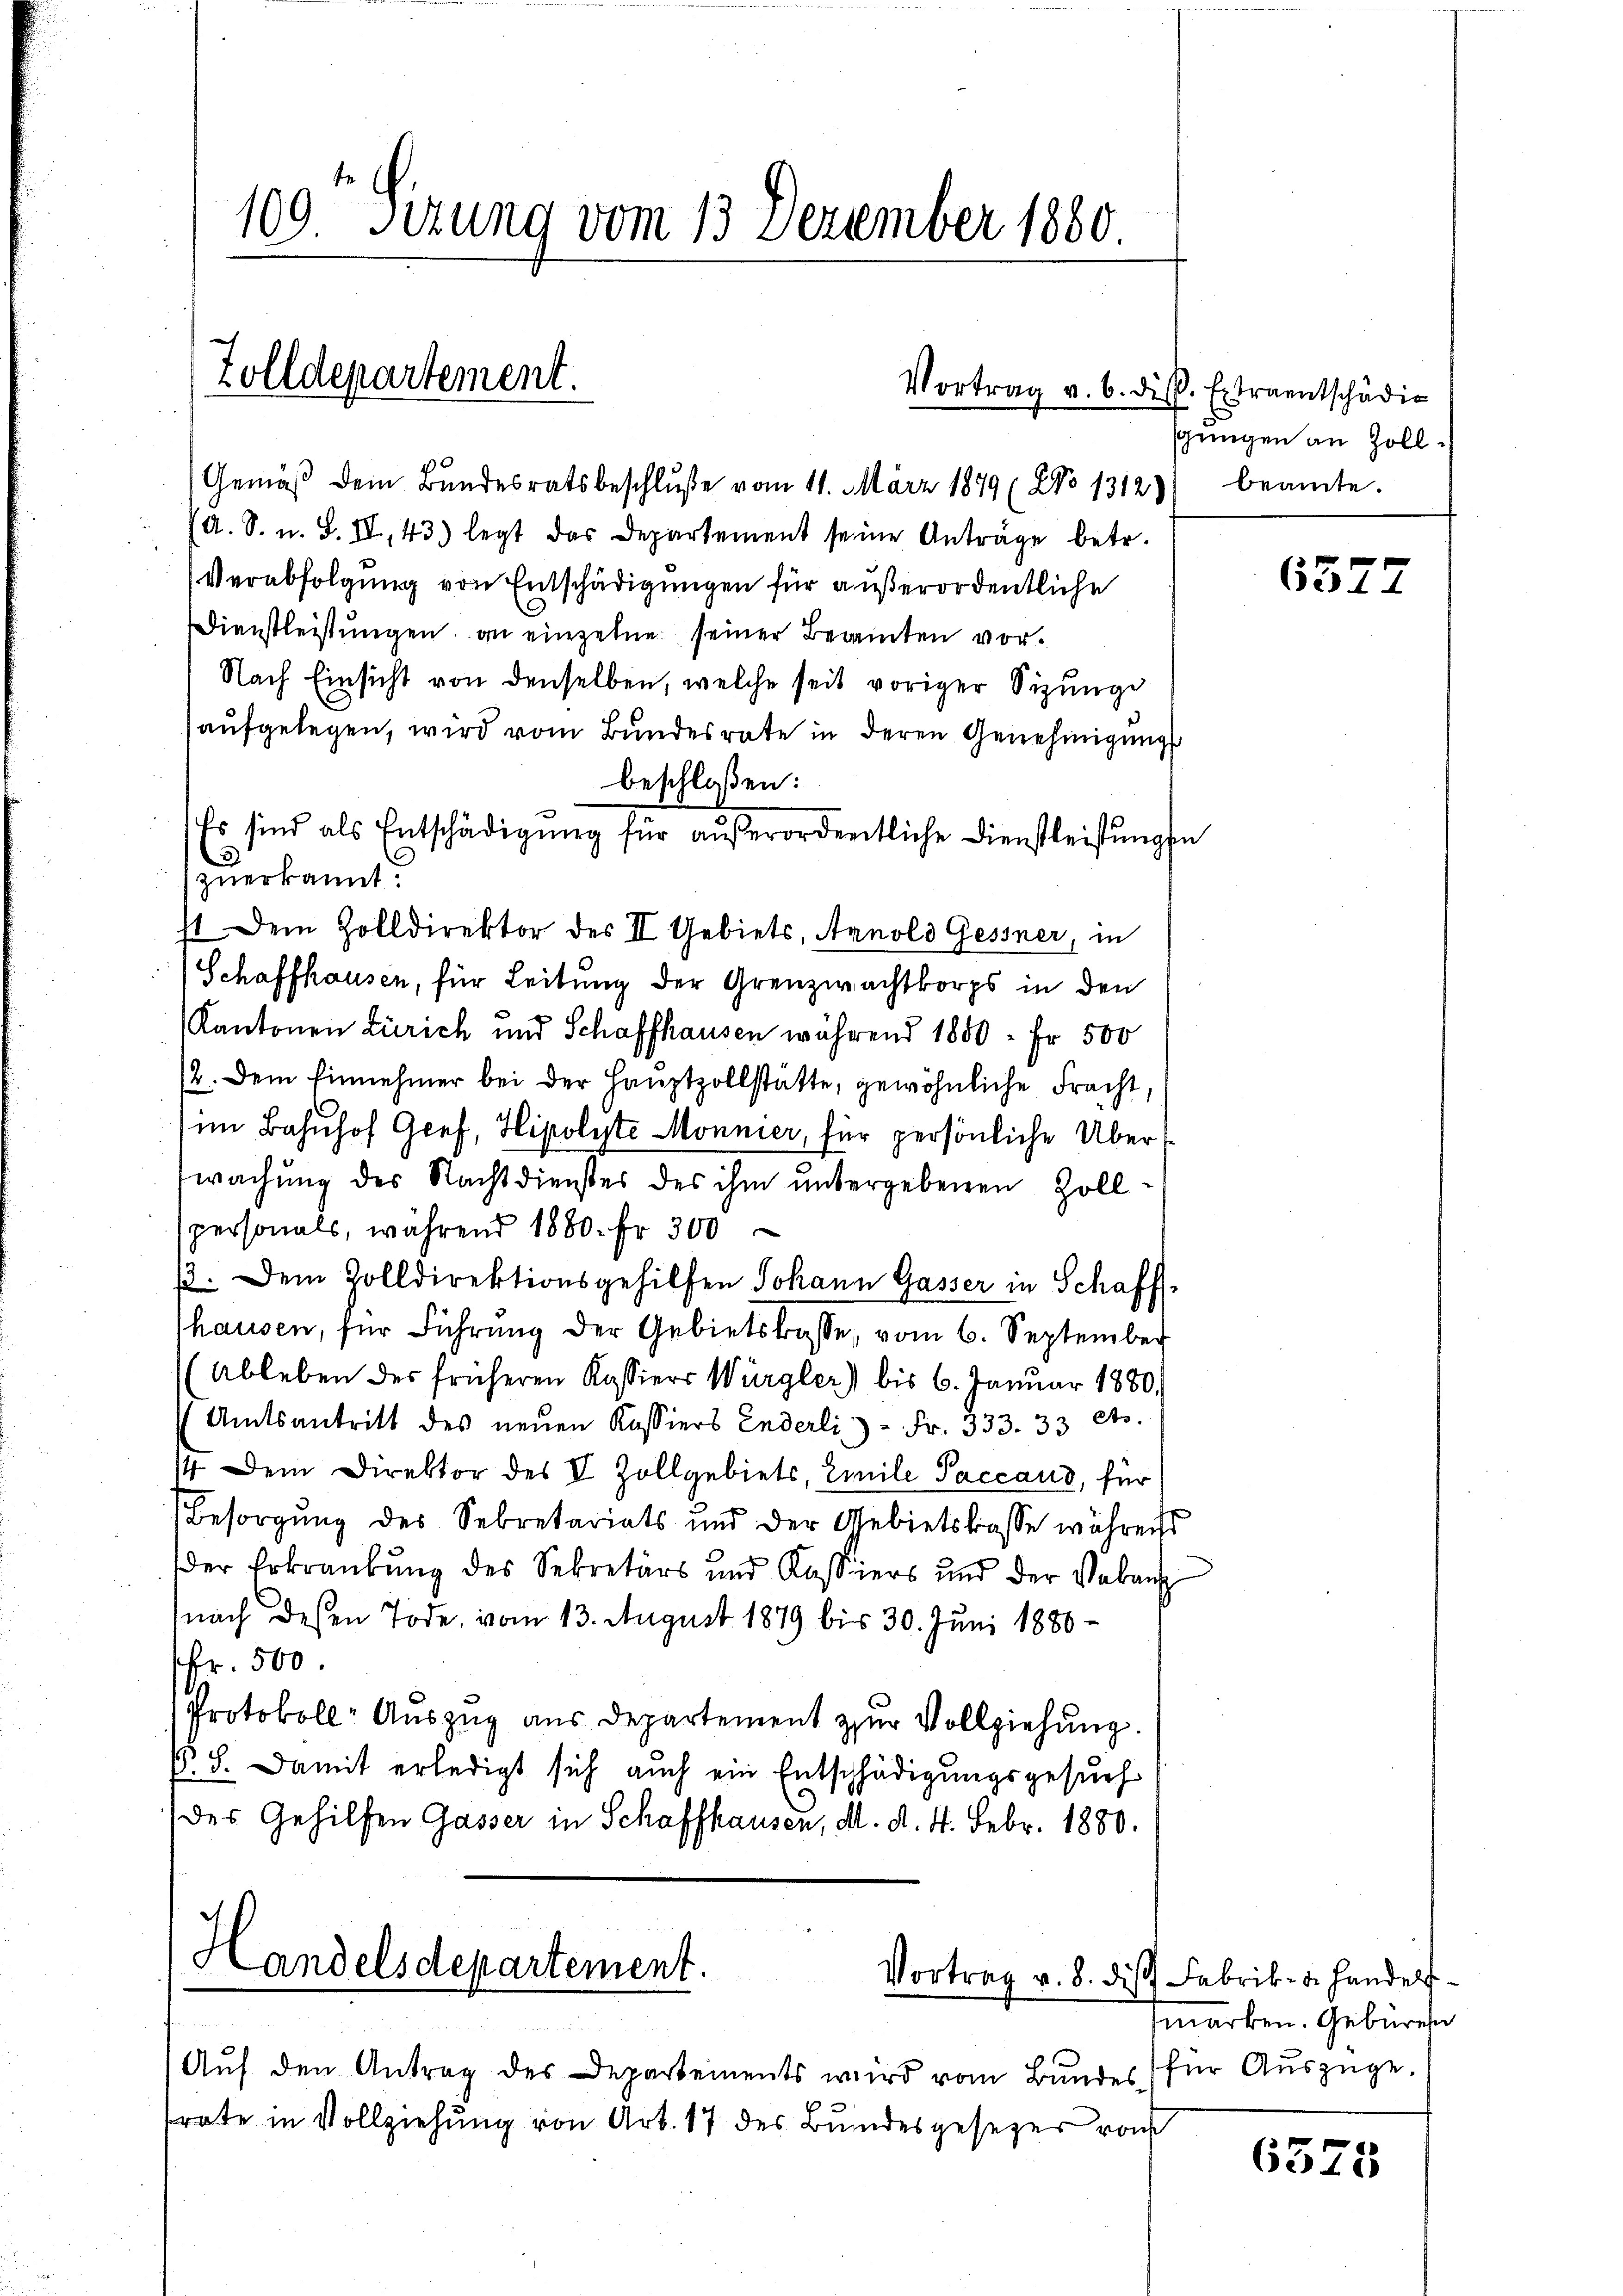
109 Sizung vom 13. Dezember 1880.

Zolldepartement.

Vortrag v. 6. die Extraentschädig

Gemäβ dem Bŭndesratsbeschlŭβe vom 11. März 1879 (XNo 1312)) beamte.
(d. S. u. S. IV 43) legt das Departement seine Anträge betr.
Verabfolgung von Entschädigungen für außerordentliche
Dienstleistungen, an einzelnen seiner Beamten vor¬
Nach Einsicht von denselben, welche seit voriger Sizunge
aufgelegen, wird vom Bundesrate in deren Genehmigungs
beschloßen:
Es sind als Entschädigŭng für außerordnentliche Dienstleistungen
.
zuerkannt:
st. Dem Zolldirektor des II Gebiets, Arnold Gessner, in
Schaffhausen, für Leitung der Grenzwachtkorps in den
Kantonen Zürich und Schaffhausen während 1850 - Fr. 500
2. Dem Einnehmer bei der Hauptzollstätte, gewöhnliche Fracht,
im Bahnhof Graf, Hipolyte Monnier, für persönliche Überwachung des Nachtdienstes des ihm untergebenen Zollspersonals, während 1880. Fr. 300
. Dem Zolldirektionsgehilfen Johann Gasser in Schaff-
hausen, für Führung der Gebietskasse, vom 6. September
((Ableben des früheren Kassiers Würgler) bis 6. Januar 1880.
Amtsantritt des neuen Kassiers Enderli - Fr. 333. 33 St.
14 Dem Direktor des V Zollgebiets, Einile Paccaus, für
Besorgung des Sekretariats und der Gebietskasse während
der Erkrankung des Sekretärs und Kassiers und der Vaban
nach dessen Tode, vom 13. August 1879 bis 30. Juni 1886
fr. 500.
Protokoll- Auszug aus Departement zur Vollziehung.
No. 8. Damit erledigt sich auch ein Entschädigungsgesuch
(des Gehilfen Gasser in Schaffhausen, d. d. 4. Febr. 1880.

Handelsdepartement.
Vortrag v. 8. dis
Auf den Antrag des Departements wird vom Bundes¬

trate in Vollziehung von Art. 17 des Bundesgesetzer von

gungen an Zoll

6314

Fabrik- u. Handelsfmarken. Gebären
für Auszüge.

6375